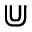
\Cup